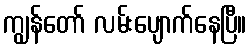
ကျွန်တော် လမ်းပျောက်နေပြီ။